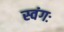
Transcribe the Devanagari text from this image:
स्वंगः